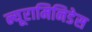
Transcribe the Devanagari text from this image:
न्यूरामिनिडेस